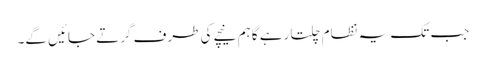
جب تک یہ نظام چلتا رہے گا ہم نیچے کی طرف گرتے جائیں گے۔